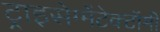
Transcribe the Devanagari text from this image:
ट्राइसेग्मेंटेक्टॉमी